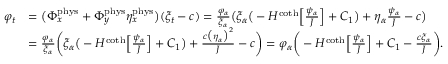
\begin{array} { r l } { \varphi _ { t } } & { = \big ( \Phi _ { x } ^ { \mathrm { p h y s } } + \Phi _ { y } ^ { \mathrm { p h y s } } \eta _ { x } ^ { \mathrm { p h y s } } \big ) ( \xi _ { t } - c ) = \frac { \varphi _ { \alpha } } { \xi _ { \alpha } } \big ( \xi _ { \alpha } \big ( - H ^ { \coth } \Big [ \frac { \psi _ { \alpha } } { J } \Big ] + C _ { 1 } \big ) + \eta _ { \alpha } \frac { \psi _ { \alpha } } { J } - c \big ) } \\ & { = \frac { \varphi _ { \alpha } } { \xi _ { \alpha } } \bigg ( \xi _ { \alpha } \big ( - H ^ { \coth } \Big [ \frac { \psi _ { \alpha } } { J } \Big ] + C _ { 1 } \big ) + \frac { c \big ( \eta _ { \alpha } \big ) ^ { 2 } } { J } - c \bigg ) = \varphi _ { \alpha } \bigg ( - H ^ { \coth } \Big [ \frac { \psi _ { \alpha } } { J } \Big ] + C _ { 1 } - \frac { c \xi _ { \alpha } } { J } \bigg ) . } \end{array}